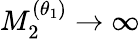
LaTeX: M_{2}^{(\theta_{1})}\to\infty